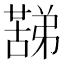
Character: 𮑟